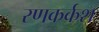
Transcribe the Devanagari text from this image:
रणकर्कश